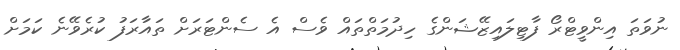
ނުވަތަ އިންވީޓްރޯ ފާޓިލައިޒޭޝަންގެ ހިދުމަތްތައް ވެސް އެ ސެންޓަރަށް ތައަާރަފު ކުރެވޭނެ ކަމަށް